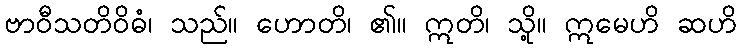
ဗာဝီသတိဝိဓံ၊ သည်။ ဟောတိ၊ ၏။ ဣတိ၊ သို့။ ဣမေဟိ ဆဟိ